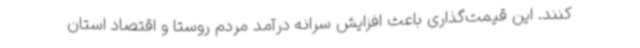
کنند. این قیمت‌گذاری باعث افزایش سرانه درآمد مردم روستا و اقتصاد استان